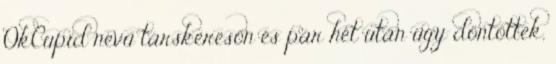
OkCupid nevű társkeresőn és pár hét után úgy döntöttek,